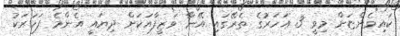
ކައިވެންޏަށް މިވީ 3 އަހަރުގެ ތެރޭގައި އޭނާ ވަޒީފާއަަކަށް ދިޔައީ އެންމެ ފަހަރަކު